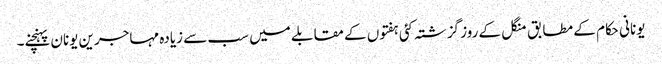
یونانی حکام کے مطابق منگل کے روز گزشتہ کئی ہفتوں کے مقابلے میں سب سے زیادہ مہاجرین یونان پہنچنے۔